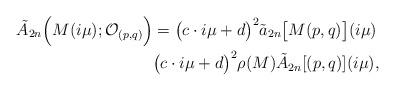
LaTeX: \begin{align*}\tilde{A}_{2n}\Big(M(i\mu);\mathcal{O}_{(p,q)}\Big) &= \big(c\cdot i\mu+d\big)^{2}\tilde{a}_{2n} \big[M(p,q)\big] (i\mu)\\&\big(c\cdot i\mu+d\big)^{2}\rho(M)\tilde{A}_{2n} [(p,q)] (i\mu), \end{align*}